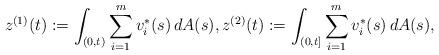
LaTeX: \begin{align*}z^{(1)}(t) := \int_{(0,t)} \sum_{i=1}^mv_i^{\ast}(s)\,dA(s),z^{(2)}(t) := \int_{(0,t]} \sum_{i=1}^mv_i^{\ast}(s)\,dA(s), \end{align*}